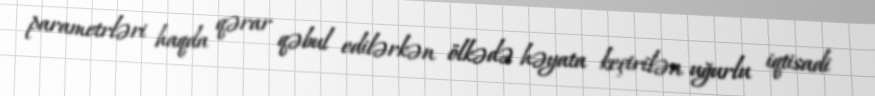
parametrləri haqda qərar qəbul edilərkən ölkədə həyata keçirilən uğurlu iqtisadi